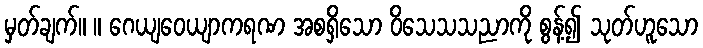
မှတ်ချက်။ ။ ဂေယျဝေယျာကရဏ အစရှိသော ဝိသေသသညာကို စွန့်၍ သုတ်ဟူသော